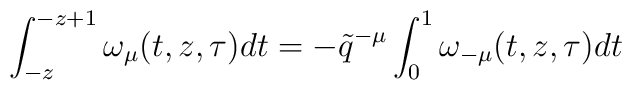
\int_{-z}^{-z+1}\omega_\mu (t,z,\tau )dt=-\tilde q^{-\mu}\int_0^1\omega_{-\mu}(t,z,\tau)dt